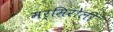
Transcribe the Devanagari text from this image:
मर्मिरोली